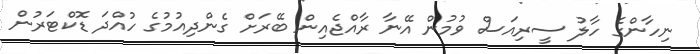
ނިހާންގެ ހާލު ސީރިއަސް ވުމުން އޭނާ ރާއްޖެއިން ބޭރަށް ގެންދިއުމުގެ ހުއްދަ ޑޮކްޓަރުން